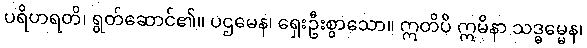
ပရိဟရတိ၊ ရွတ်ဆောင်၏။ ပဌမေန၊ ရှေးဦးစွာသော။ ဣတိပိ ဣမိနာ သဒ္ဓမ္မေန၊